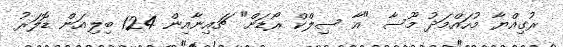
ރުގިއްޔާ މުހައްމަދު މޫސާ "އާ ސިލްކް ރޯޑަށް" ޗައިނާއިން 124 ބިލިއަން ޑޮލަރު